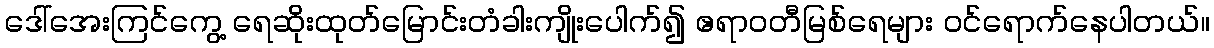
ဒေါ်အေးကြင်ကွေ့ ရေဆိုးထုတ်မြောင်းတံခါးကျိုးပေါက်၍ ဧရာဝတီမြစ်ရေများ ဝင်ရောက်နေပါတယ်။